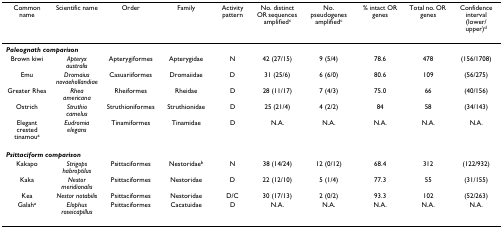
| Common name | Scientific name | Order | Family | Activity pattern | No. distinct OR sequences amplifiedc | No. pseudogenes amplifiedc | % intact OR genes | Total no. OR genes | Confidence interval (lower/upper)d |
 | --- | --- | --- | --- | --- | --- | --- | --- | --- | --- |
 | <COLSPAN=10> Paleognath comparison |
 | Brown kiwi | Apteryx australis | Apterygiformes | Apterygidae | N | 42 (27/15) | 9 (5/4) | 78.6 | 478 | (156/1708) |
 | Emu | Dromaius novaehollandiae | Casuariiformes | Dromaiidae | D | 31 (25/6) | 6 (6/0) | 80.6 | 109 | (56/275) |
 | Greater Rhea | Rhea americana | Rheiformes | Rheidae | D | 28 (11/17) | 7 (4/3) | 75.0 | 66 | (40/156) |
 | Ostrich | Struthio camelus | Struthioniformes | Struthionidae | D | 25 (21/4) | 4 (2/2) | 84 | 58 | (34/143) |
 | Elegant crested tinamoua | Eudromia elegans | Tinamiformes | Tinamidae | D | N.A. | N.A. | N.A. | N.A. | N.A. |
 | <COLSPAN=10> Psittaciform comparison |
 | Kakapo | Strigops habroptilus | Psittaciformes | Nestoridaeb | N | 38 (14/24) | 12 (0/12) | 68.4 | 312 | (122/932) |
 | Kaka | Nestor meridionalis | Psittaciformes | Nestoridae | D | 22 (12/10) | 5 (1/4) | 77.3 | 55 | (31/155) |
 | Kea | Nestor notabilis | Psittaciformes | Nestoridae | D/C | 30 (17/13) | 2 (0/2) | 93.3 | 102 | (52/263) |
 | Galaha | Elophus roseicapillus | Psittaciformes | Cacatuidae | D | N.A. | N.A. | N.A. | N.A. | N.A. |